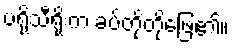
ပရိုသီရိုးက ခပ်တိုတိုဖြေ၏။